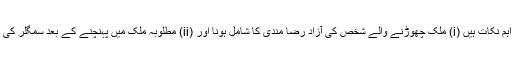
اس تعریف میں سب سے اہم نکات ہیں (i) ملک چھوڑنے والے شخص کی آزاد رضا مندی کا شامل ہونا اور (ii) مطلوبہ ملک میں پہنچنے کے بعد سمگلر کی ذمہ داری کا ختم ہو جانا ۔